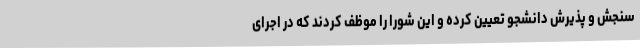
سنجش و پذیرش دانشجو تعیین کرده و این شورا را موظف کردند که در اجرای